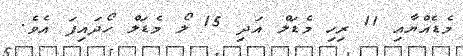
މެޑެއްޔާއި 11 ރިހި މެޑަލް އަދި 15 ލޯ މެޑަލް ހޯދައިފަ އެވެ.